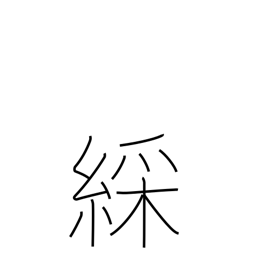
Meaning: colorful